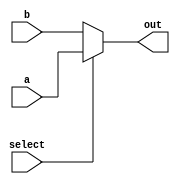
module mux_2_1 #(parameter bus_size = 32) (
	input  select,
	input  [bus_size-1:0] a,
	input  [bus_size-1:0] b,
	output [bus_size-1:0] out);
 
	assign out = select ? a : b;
 
endmodule